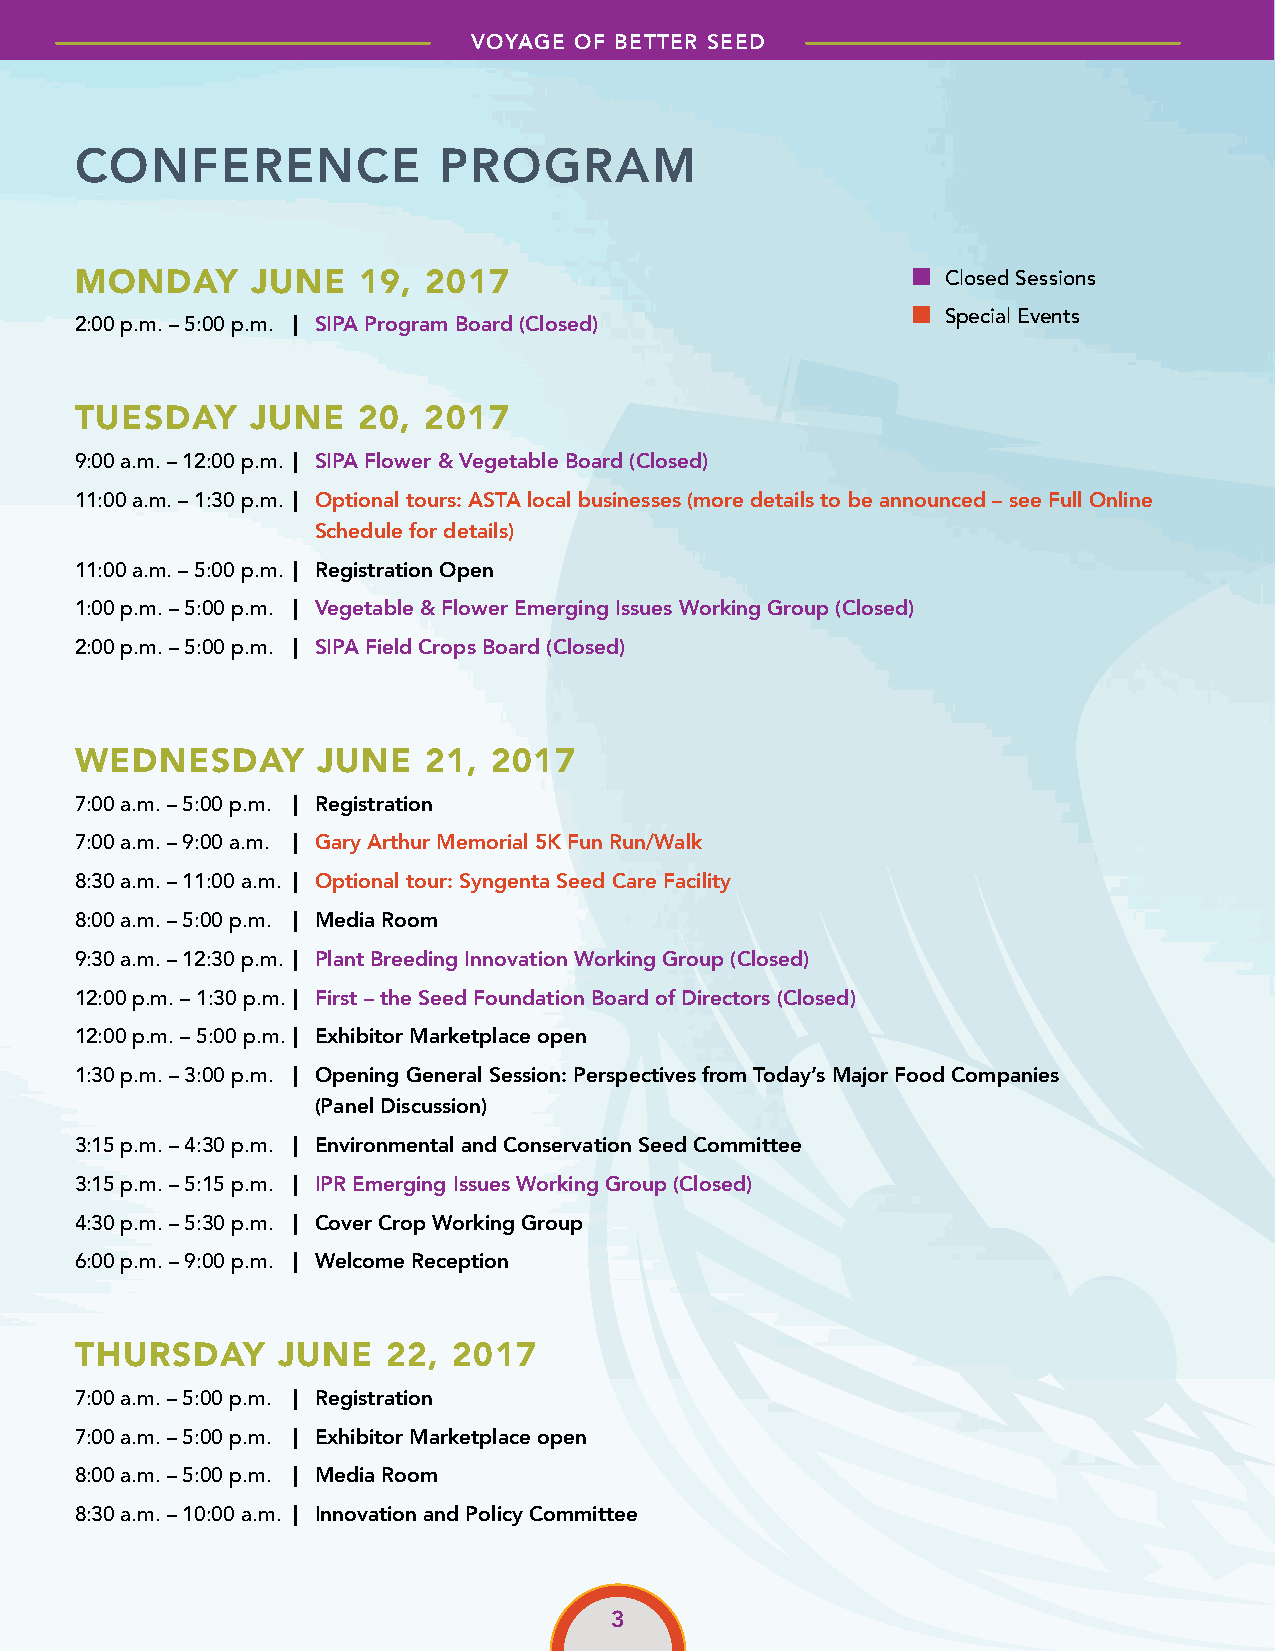
VOYAGE OF BETTER SEED
 CONFERENCE              PROGRAM
 MONDAY      JUNE   19, 2017                            ■  Closed Sessions
 ■
 Special Events
 2:00 p.m. – 5:00 p.m. | SIPA Program Board (Closed)
 TUESDAY     JUNE   20, 2017
 9:00 a.m. – 12:00 p.m. | SIPA Flower & Vegetable Board (Closed)
 11:00 a.m. – 1:30 p.m. | Optional tours: ASTA local businesses (more details to be announced – see Full Online
 Schedule for details)
 11:00 a.m. – 5:00 p.m. | Registration Open
 1:00 p.m. – 5:00 p.m. | Vegetable & Flower Emerging Issues Working Group (Closed)
 2:00 p.m. – 5:00 p.m. | SIPA Field Crops Board (Closed)
 WEDNESDAY       JUNE   21, 2017
 7:00 a.m. – 5:00 p.m. | Registration
 7:00 a.m. – 9:00 a.m. | Gary Arthur Memorial 5K Fun Run/Walk
 8:30 a.m. – 11:00 a.m. | Optional tour: Syngenta Seed Care Facility
 8:00 a.m. – 5:00 p.m. | Media Room
 9:30 a.m. – 12:30 p.m. | Plant Breeding Innovation Working Group (Closed)
 12:00 p.m. – 1:30 p.m. | First – the Seed Foundation Board of Directors (Closed)
 12:00 p.m. – 5:00 p.m. | Exhibitor Marketplace open
 1:30 p.m. – 3:00 p.m. | Opening General Session: Perspectives from Today’s Major Food Companies
 (Panel Discussion)
 3:15 p.m. – 4:30 p.m. | Environmental and Conservation Seed Committee
 3:15 p.m. – 5:15 p.m. | IPR Emerging Issues Working Group (Closed)
 4:30 p.m. – 5:30 p.m. | Cover Crop Working Group
 6:00 p.m. – 9:00 p.m. | Welcome Reception
 THURSDAY     JUNE    22, 2017
 7:00 a.m. – 5:00 p.m. | Registration
 7:00 a.m. – 5:00 p.m. | Exhibitor Marketplace open
 8:00 a.m. – 5:00 p.m. | Media Room
 8:30 a.m. – 10:00 a.m. | Innovation and Policy Committee
 3